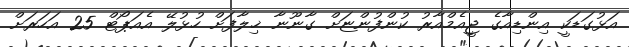
އަޅުގަޑަކީ އިންޑިއާގެ ޖީއެމްއާރު ކުންފުންޏަށް ގާނޫނާ ޚިލާފަށް ހުޅުލޭ އެއަޕޯޓް 25 އަހަރަށް